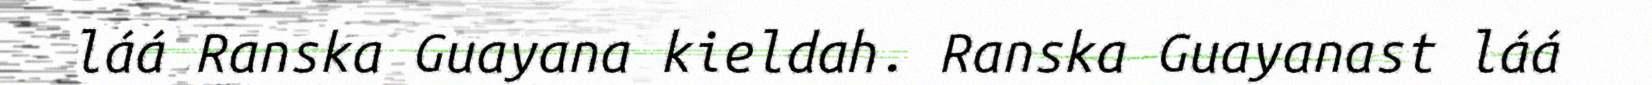
láá Ranska Guayana kieldah. Ranska Guayanast láá